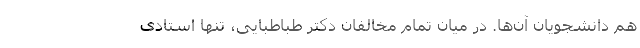
هم دانشجویان آن‌ها. در میان تمام مخالفان دکتر طباطبایی، تنها استادی